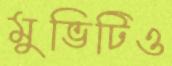
মুভিটিও